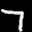
Label: 7